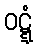
ဝဋ္ဋံ